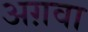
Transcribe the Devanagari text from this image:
अग़वा